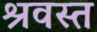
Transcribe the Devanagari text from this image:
श्रवस्त